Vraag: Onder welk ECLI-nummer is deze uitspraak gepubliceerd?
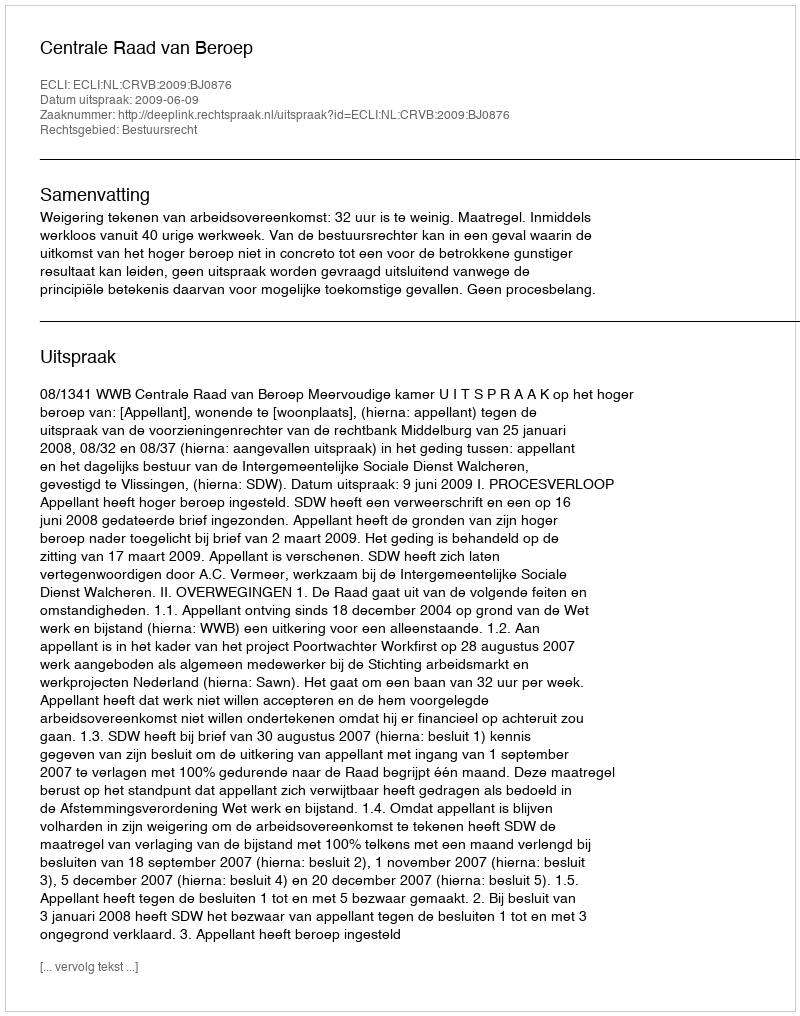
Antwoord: ECLI:NL:CRVB:2009:BJ0876